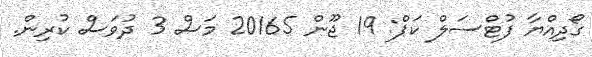
ގޯދިއްޔާ ފުޓްސަލް ކަޕް: 19 ޖޫން 20165 މަސް 3 ދުވަސް ކުރިން.